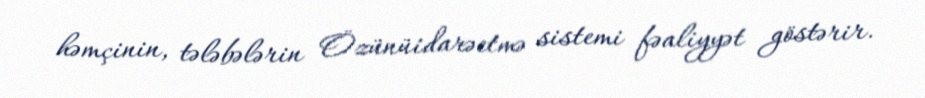
həmçinin, tələbələrin Özünüidarəetmə sistemi fəaliyyət göstərir.